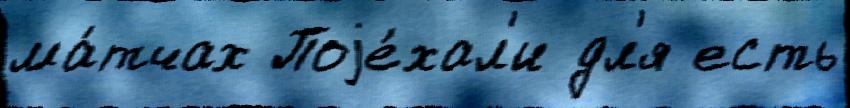
ма́тчах Поjе́хал'и дл'я есть